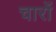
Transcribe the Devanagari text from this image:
चारोंं